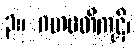
၃။ ဂဟပတိကုဋိ၊